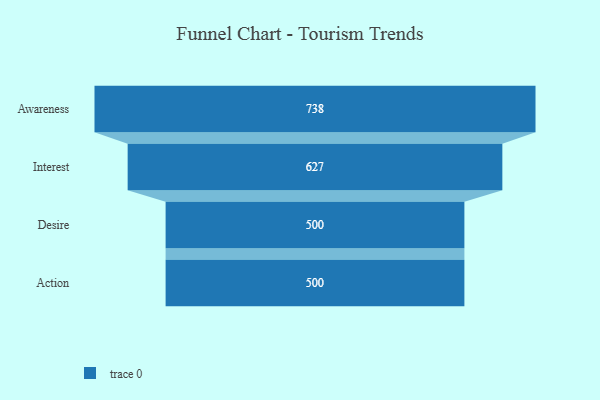
{"axis": {"x": "Stage", "y": "Value"}, "legend": [""], "data": [{"x": "Awareness", "y": 738.0, "type": ""}, {"x": "Interest", "y": 627.0, "type": ""}, {"x": "Desire", "y": 500, "type": ""}, {"x": "Action", "y": 500, "type": ""}]}